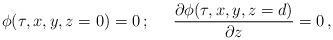
LaTeX: \begin{align*}\phi(\tau, x,y,z=0)=0\,;\;\;\;\;\;{\partial\phi(\tau,x,y,z=d)\over\partial z}=0\,,\end{align*}